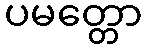
ပမတ္တော